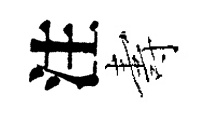
注夀